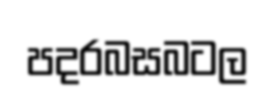
පදරබසබටල